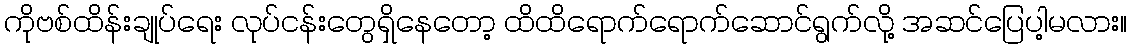
ကိုဗစ်ထိန်းချုပ်ရေး လုပ်ငန်းတွေရှိနေတော့ ထိထိရောက်ရောက်ဆောင်ရွက်လို့ အဆင်ပြေပါ့မလား။